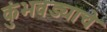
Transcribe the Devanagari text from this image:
कुंभवड्याचे